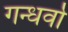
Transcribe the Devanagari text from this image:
गन्धर्वो